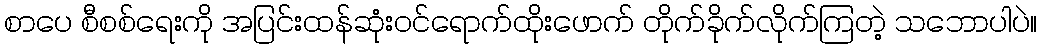
စာပေ စီစစ်ရေးကို အပြင်းထန်ဆုံးဝင်ရောက်ထိုးဖောက် တိုက်ခိုက်လိုက်ကြတဲ့ သဘောပါပဲ။